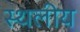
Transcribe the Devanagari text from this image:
स्‍थलीय